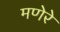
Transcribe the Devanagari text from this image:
मणेरे